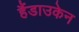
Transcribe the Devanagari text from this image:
हैंडाउकेन